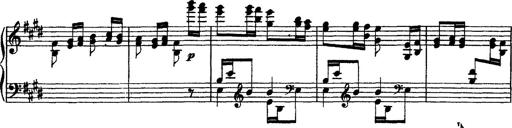
Title: Grandes Ã©tudes de Paganini
Composer: Franz Liszt